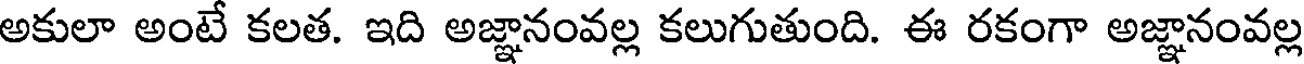
అకులా అంటే కలత. ఇది అజ్ఞానంవల్ల కలుగుతుంది. ఈ రకంగా అజ్ఞానంవల్ల